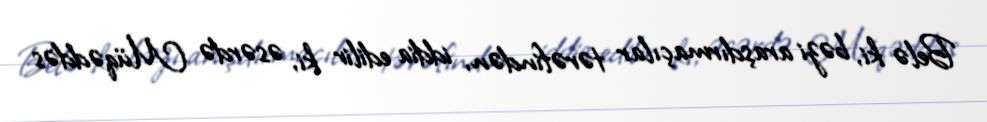
Belə ki, bəzi araşdırmaçılar tərəfindən, iddia edilir ki, əsərdə Müqəddəs